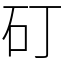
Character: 矴